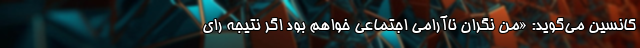
کانسین می‌گوید: «من نگران ناآرامی اجتماعی خواهم بود اگر نتیجه رای